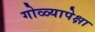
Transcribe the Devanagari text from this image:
गोळ्यापेक्षा